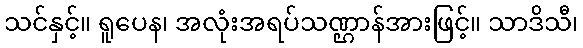
သင်နှင့်။ ရူပေန၊ အလုံးအရပ်သဏ္ဌာန်အားဖြင့်။ သာဒိသီ၊